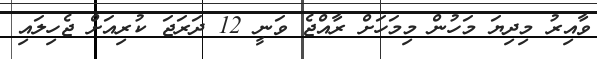
ވާއިރު މިދިޔަ މަހުން މިމަހަށް ރާއްޖެ ވަނީ 12 ދަރަޖަ ކުރިއަށް ޖެހިލައި